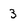
Character: 3